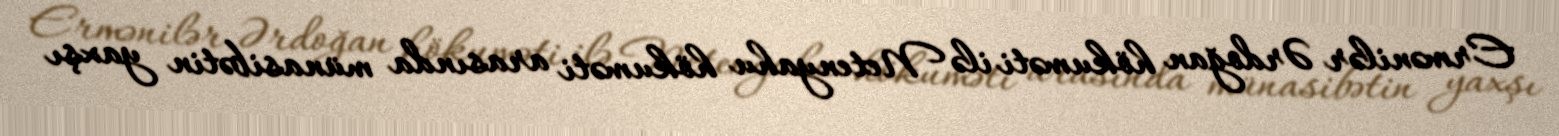
Ermənilər Ərdoğan hökuməti ilə Netenyahu hökuməti arasında münasibətin yaxşı